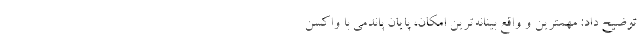
توضیح داد: مهمترین و واقع بینانه‌ترین امکان، پایان پاندمی با واکسن